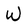
Character: w